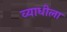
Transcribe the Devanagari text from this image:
व्याधीला